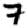
Digit: 7